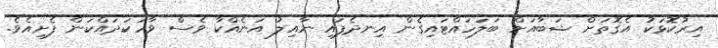
އިރުކޮޅަކު އެގޮތަށް ޝަބާއަށް ބަލަހައްޓައިގެން އިނދެފައި ނާއިލު އަނެއްކާ ވެސް ވާހަކަދައްކަން ފެށިއެވެ.